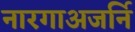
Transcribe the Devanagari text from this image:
नारगाअजर्नि